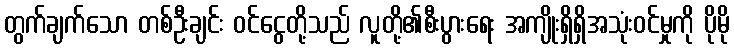
တွက်ချက်သော တစ်ဦးချင်း ဝင်ငွေတို့သည် လူတို့၏စီးပွားရေး အကျိုးရှိရှိအသုံးဝင်မှုကို ပိုမို